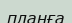
планға